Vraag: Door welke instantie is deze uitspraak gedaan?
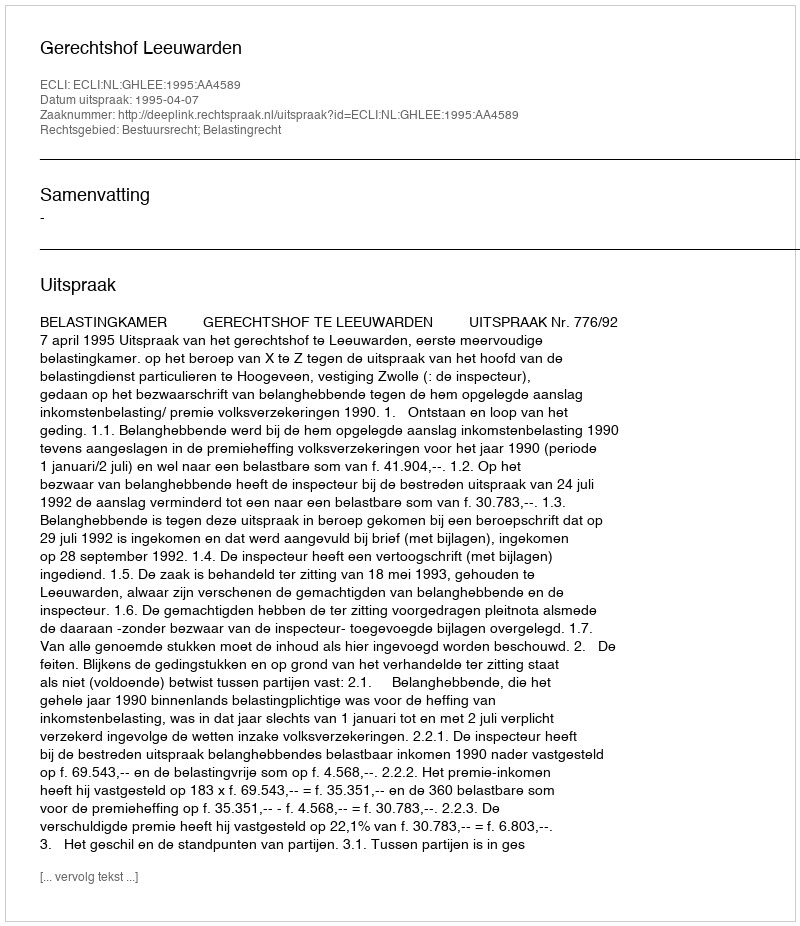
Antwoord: Gerechtshof Leeuwarden